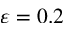
\varepsilon = 0 . 2